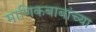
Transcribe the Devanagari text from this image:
माणिकबाबांच्या